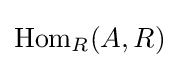
{\text{Hom}}_{R}(A,R)